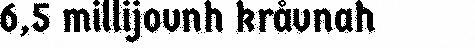
6,5 millijovnh kråvnah